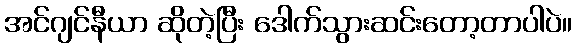
အင်ဂျင်နီယာ ဆိုတဲ့ပြီး ဒေါက်သွားဆင်းတော့တာပါပဲ။